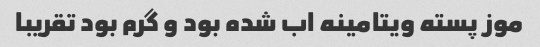
موز پسته ویتامینه اب شده بود و گرم بود تقریبا